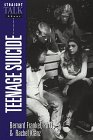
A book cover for Straight Talk About Teenage Suicide; Bernard, Ph.D. Frankel; Teen & Young Adult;